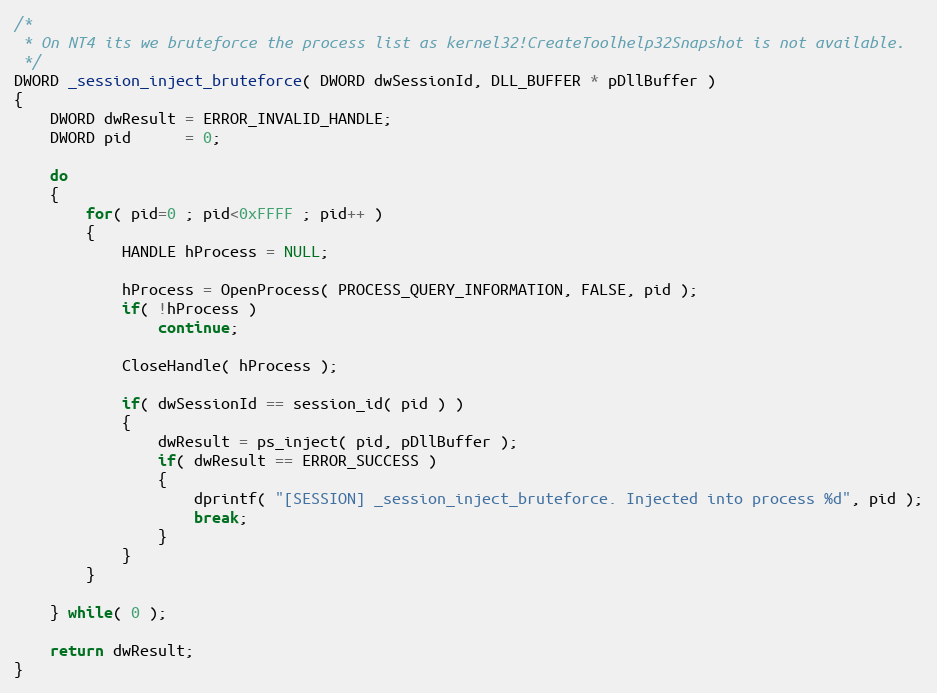
Language: C
/*
 * On NT4 its we bruteforce the process list as kernel32!CreateToolhelp32Snapshot is not available.
 */
DWORD _session_inject_bruteforce( DWORD dwSessionId, DLL_BUFFER * pDllBuffer )
{
	DWORD dwResult = ERROR_INVALID_HANDLE;
	DWORD pid      = 0;

	do
	{
		for( pid=0 ; pid<0xFFFF ; pid++ )
		{
			HANDLE hProcess = NULL;

			hProcess = OpenProcess( PROCESS_QUERY_INFORMATION, FALSE, pid );
			if( !hProcess )
				continue;

			CloseHandle( hProcess );

			if( dwSessionId == session_id( pid ) )
			{
				dwResult = ps_inject( pid, pDllBuffer );
				if( dwResult == ERROR_SUCCESS )
				{
					dprintf( "[SESSION] _session_inject_bruteforce. Injected into process %d", pid );
					break;
				}
			}
		}

	} while( 0 );

	return dwResult;
}